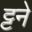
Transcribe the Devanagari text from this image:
ट्टने